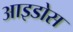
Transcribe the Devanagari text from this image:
आइडोस